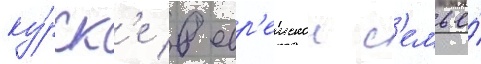
ку́рск'е в евр'еискои с'емье́